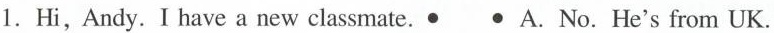
1.Hi, Andy. I have a new classmate. • • A. No. He's from UK.